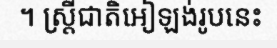
។ ស្ត្រីជាតិអៀឡង់រូបនេះ